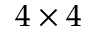
4 \times 4